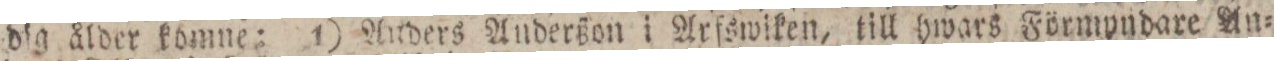
dig ålder komne: 1) Auders Anderßon i Arfswiken, till hwars Förmyndare An=